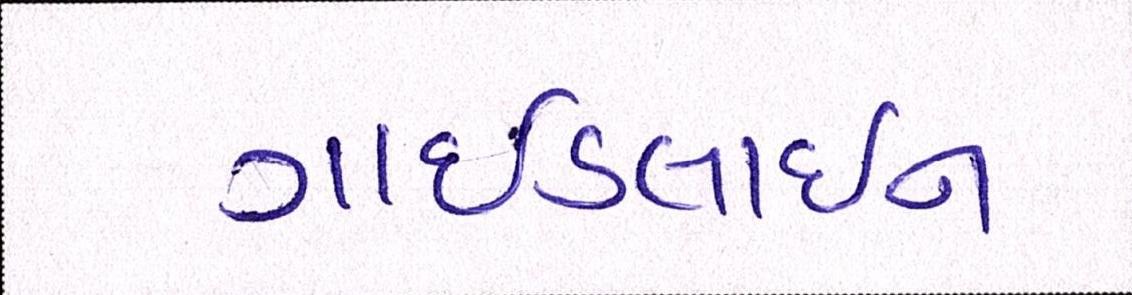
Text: ગાઈડલાઈન